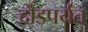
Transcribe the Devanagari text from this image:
दौंडपर्यंत